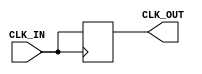
module ClockBuffer (
    input wire CLK_IN,       // Input clock signal
    output wire CLK_OUT      // Buffered clock output
);
    // Internal signal declaration
    reg clk_out_reg;

    // Assign the buffered signal with a fixed delay
    always @(posedge CLK_IN) begin
        // Simple delay simulation (for example purpose; in practice, you would use specific delay elements or synthesis tools)
        #1 clk_out_reg <= CLK_IN; // 1ns delay for demonstration
    end

    // Assign the register to output
    assign CLK_OUT = clk_out_reg;

endmodule